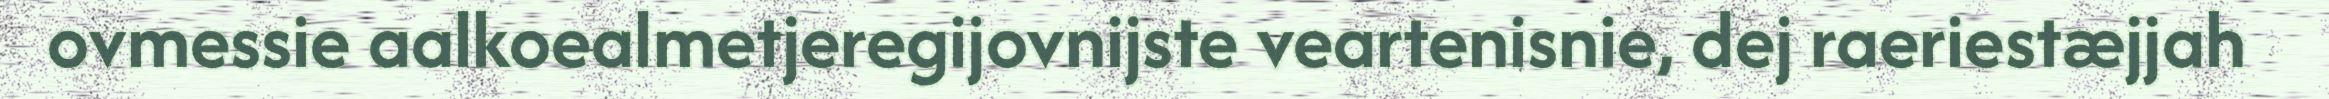
ovmessie aalkoealmetjeregijovnijste veartenisnie, dej raeriestæjjah